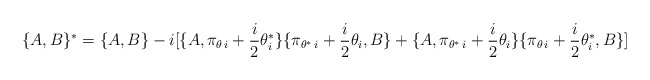
\begin{align*}\lbrace A,B\rbrace {}^{*}=\lbrace A,B\rbrace -i[\lbrace A,\pi_{\theta \, i}+{i\over 2}\theta^{*}_i\rbrace \lbrace \pi_{\theta^{*}\, i}+{i\over 2}\theta_i,B\rbrace +\lbrace A,\pi_{\theta^{*}\, i}+{i\over 2}\theta_i \rbrace \lbrace \pi_{\theta \, i}+{i\over 2}\theta^{*}_i,B\rbrace ]\end{align*}